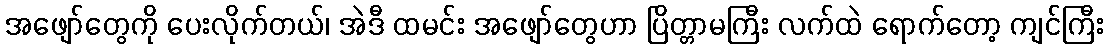
အဖျော်တွေကို ပေးလိုက်တယ်၊ အဲဒီ ထမင်း အဖျော်တွေဟာ ပြိတ္တာမကြီး လက်ထဲ ရောက်တော့ ကျင်ကြီး